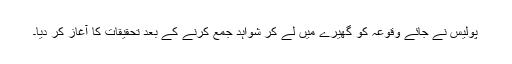
پولیس نے جائے وقوعہ کو گھیرے میں لے کر شواہد جمع کرنے کے بعد تحقیقات کا آغاز کر دیا۔